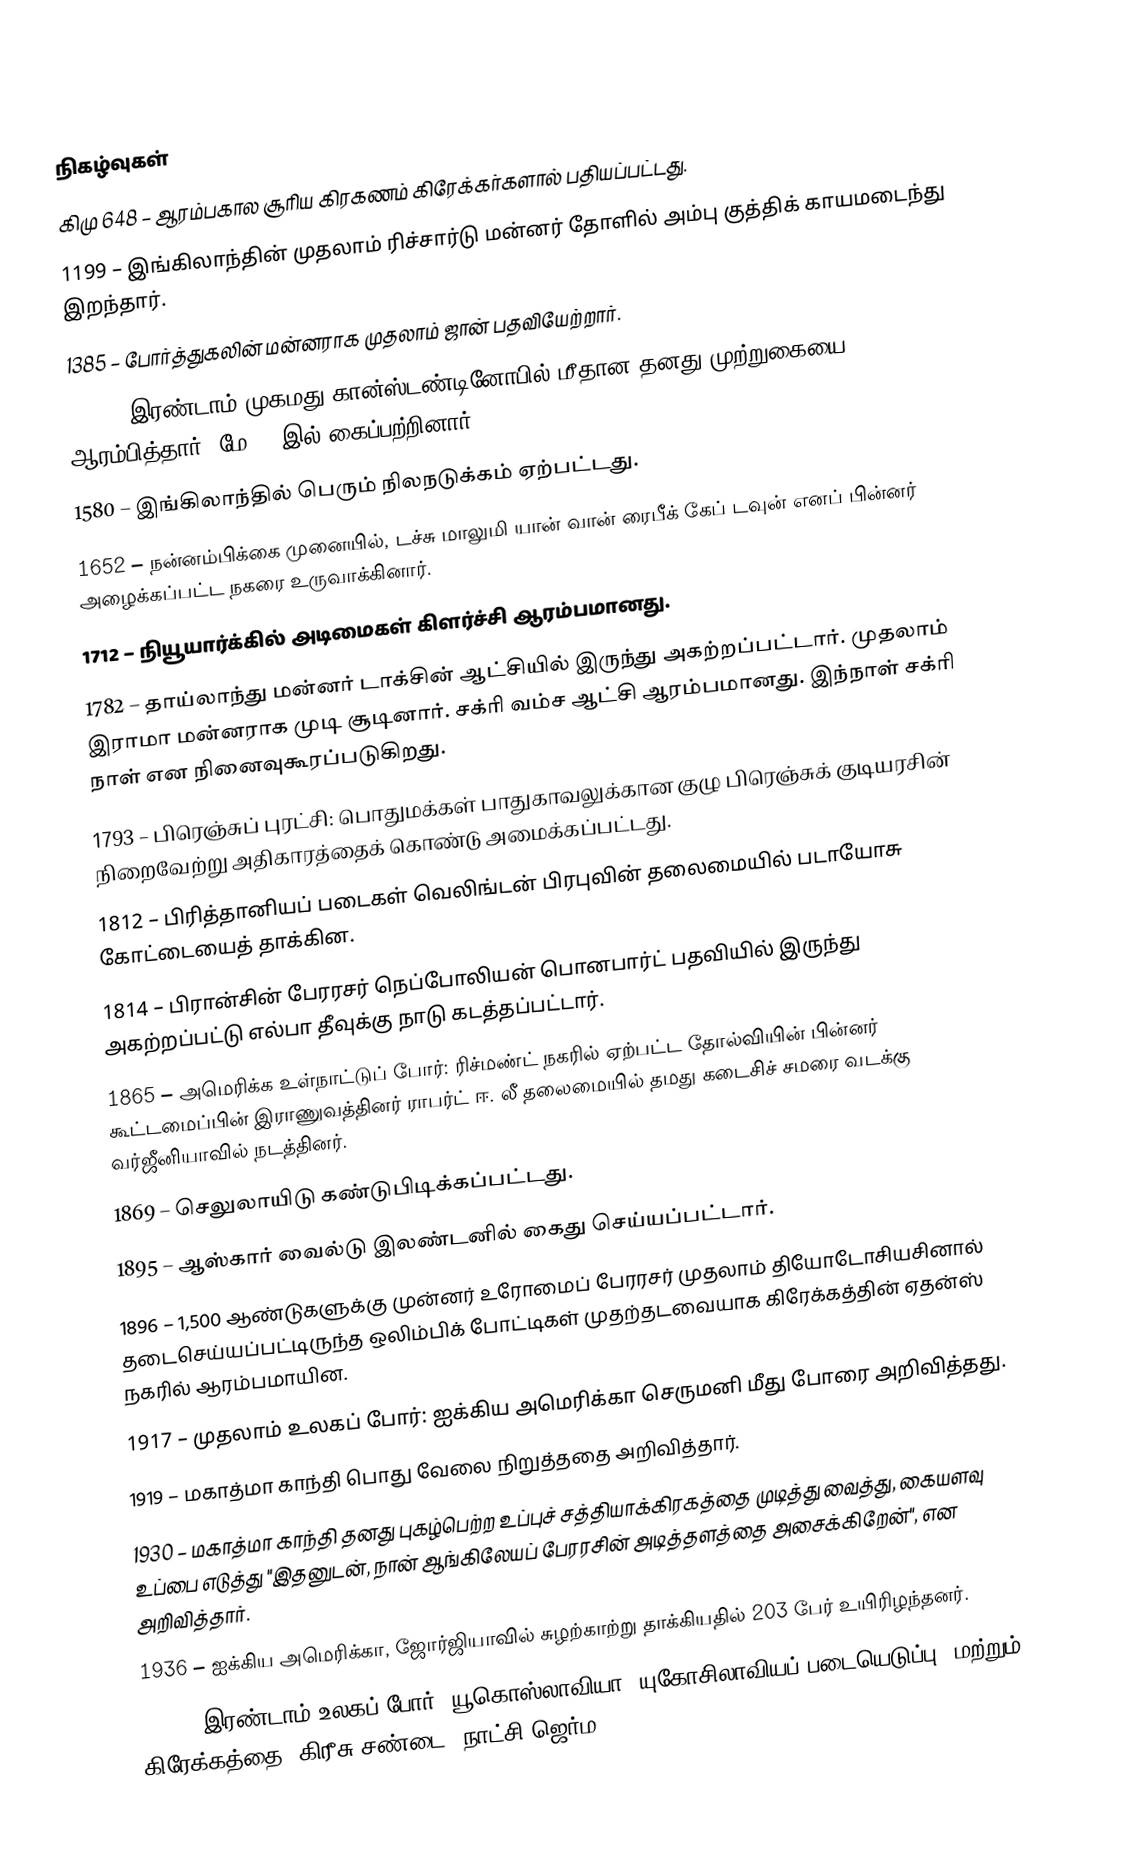

நிகழ்வுகள்
கிமு 648 – ஆரம்பகால சூரிய கிரகணம் கிரேக்கர்களால் பதியப்பட்டது.
1199 – இங்கிலாந்தின் முதலாம் ரிச்சார்டு மன்னர் தோளில் அம்பு குத்திக் காயமடைந்து இறந்தார்.
1385 – போர்த்துகலின் மன்னராக முதலாம் ஜான் பதவியேற்றார்.
1453 – இரண்டாம் முகமது கான்ஸ்டண்டினோபில் மீதான தனது முற்றுகையை ஆரம்பித்தார். மே 29 இல் கைப்பற்றினார்.
1580 – இங்கிலாந்தில் பெரும் நிலநடுக்கம் ஏற்பட்டது.
1652 – நன்னம்பிக்கை முனையில், டச்சு மாலுமி யான் வான் ரைபீக் கேப் டவுன் எனப் பின்னர் அழைக்கப்பட்ட நகரை உருவாக்கினார்.
1712 – நியூயார்க்கில் அடிமைகள் கிளர்ச்சி ஆரம்பமானது.
1782 – தாய்லாந்து மன்னர் டாக்சின் ஆட்சியில் இருந்து அகற்றப்பட்டார். முதலாம் இராமா மன்னராக முடி சூடினார். சக்ரி வம்ச ஆட்சி ஆரம்பமானது. இந்நாள் சக்ரி நாள் என நினைவுகூரப்படுகிறது.
1793 – பிரெஞ்சுப் புரட்சி: பொதுமக்கள் பாதுகாவலுக்கான குழு பிரெஞ்சுக் குடியரசின் நிறைவேற்று அதிகாரத்தைக் கொண்டு அமைக்கப்பட்டது.
1812 – பிரித்தானியப் படைகள் வெலிங்டன் பிரபுவின் தலைமையில் படாயோசு கோட்டையைத் தாக்கின.
1814 – பிரான்சின் பேரரசர் நெப்போலியன் பொனபார்ட் பதவியில் இருந்து அகற்றப்பட்டு எல்பா தீவுக்கு நாடு கடத்தப்பட்டார்.
1865 – அமெரிக்க உள்நாட்டுப் போர்: ரிச்மண்ட் நகரில் ஏற்பட்ட தோல்வியின் பின்னர் கூட்டமைப்பின் இராணுவத்தினர் ராபர்ட் ஈ. லீ தலைமையில் தமது கடைசிச் சமரை வடக்கு வர்ஜீனியாவில் நடத்தினர்.
1869 – செலுலாயிடு கண்டுபிடிக்கப்பட்டது.
1895 – ஆஸ்கார் வைல்டு இலண்டனில் கைது செய்யப்பட்டார்.
1896 – 1,500 ஆண்டுகளுக்கு முன்னர் உரோமைப் பேரரசர் முதலாம் தியோடோசியசினால் தடைசெய்யப்பட்டிருந்த ஒலிம்பிக் போட்டிகள் முதற்தடவையாக கிரேக்கத்தின் ஏதன்ஸ் நகரில் ஆரம்பமாயின.
1917 – முதலாம் உலகப் போர்: ஐக்கிய அமெரிக்கா செருமனி மீது போரை அறிவித்தது.
1919 – மகாத்மா காந்தி பொது வேலை நிறுத்ததை அறிவித்தார்.
1930 – மகாத்மா காந்தி தனது புகழ்பெற்ற உப்புச் சத்தியாக்கிரகத்தை முடித்து வைத்து, கையளவு உப்பை எடுத்து "இதனுடன், நான் ஆங்கிலேயப் பேரரசின் அடித்தளத்தை அசைக்கிறேன்", என அறிவித்தார்.
1936 – ஐக்கிய அமெரிக்கா, ஜோர்ஜியாவில் சுழற்காற்று தாக்கியதில் 203 பேர் உயிரிழந்தனர்.
1941 – இரண்டாம் உலகப் போர்: யூகொஸ்லாவியா (யுகோசிலாவியப் படையெடுப்பு) மற்றும் கிரேக்கத்தை (கிரீசு சண்டை) நாட்சி ஜெர்ம